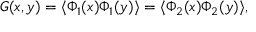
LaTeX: { \cal G } ( x , y ) = \langle \Phi _ { 1 } ( x ) \Phi _ { 1 } ( y ) \rangle = \langle \Phi _ { 2 } ( x ) \Phi _ { 2 } ( y ) \rangle ,